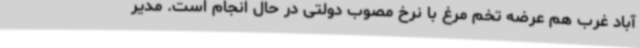
آباد غرب هم عرضه تخم مرغ با نرخ مصوب دولتی در حال انجام است. مدیر